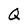
Character: Q